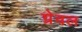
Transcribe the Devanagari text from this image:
ग्रेवल